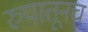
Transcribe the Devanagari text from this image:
रुपातूनच